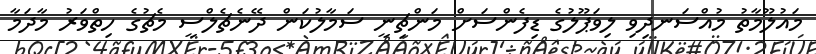
މައުލޫމާތު މުއްސަނދިވި ލިވަޕޫލުގެ ޑިފެންސަށް މަންޗިނީ ސަމާލުކަން ދޭނެޗެލްސީ މެޗުގެ ހިތްވަރު މާދަމާ